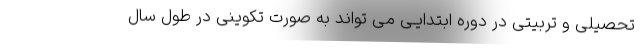
تحصیلی و تربیتی در دوره ابتدایـی می تواند به صورت تکوینی در طول سال